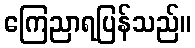
ကြေညာရပြန်သည်။